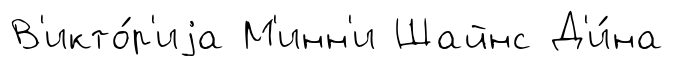
В'икто́р'иjа М'инн'и Шайнс Д'и́на